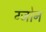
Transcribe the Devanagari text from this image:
ग्जोन